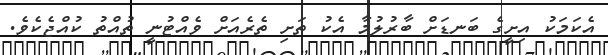
އެކަމަކު އިށީގެ ބަނޑަށް ބާރުލުމާ އެކު ތަށި ތެރެއަށް ވެއްޓުނީ ތުއްތު ކުއްޖެކެވެ.